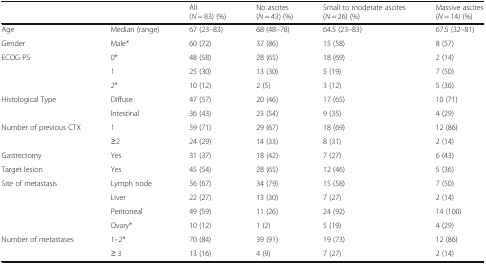
<table><thead><tr><td></td><td></td><td><b>All(<i>N</i> = 83) (%)</b></td><td><b>No ascites(<i>N</i> = 43) (%)</b></td><td><b>Small to moderate ascites(<i>N</i> = 26) (%)</b></td><td><b>Massive ascites(<i>N</i> = 14) (%)</b></td></tr></thead><tbody><tr><td>Age</td><td>Median (range)</td><td>67 (23–83)</td><td>68 (48–78)</td><td>64.5 (23–83)</td><td>67.5 (32–81)</td></tr><tr><td>Gender</td><td>Male*</td><td>60 (72)</td><td>37 (86)</td><td>15 (58)</td><td>8 (57)</td></tr><tr><td rowspan="3">ECOG PS</td><td>0*</td><td>48 (58)</td><td>28 (65)</td><td>18 (69)</td><td>2 (14)</td></tr><tr><td>1</td><td>25 (30)</td><td>13 (30)</td><td>5 (19)</td><td>7 (50)</td></tr><tr><td>2*</td><td>10 (12)</td><td>2 (5)</td><td>3 (12)</td><td>5 (36)</td></tr><tr><td rowspan="2">Histological Type</td><td>Diffuse</td><td>47 (57)</td><td>20 (46)</td><td>17 (65)</td><td>10 (71)</td></tr><tr><td>Intestinal</td><td>36 (43)</td><td>23 (54)</td><td>9 (35)</td><td>4 (29)</td></tr><tr><td rowspan="2">Number of previous CTX</td><td>1</td><td>59 (71)</td><td>29 (67)</td><td>18 (69)</td><td>12 (86)</td></tr><tr><td>≥2</td><td>24 (29)</td><td>14 (33)</td><td>8 (31)</td><td>2 (14)</td></tr><tr><td>Gastrectomy</td><td>Yes</td><td>31 (37)</td><td>18 (42)</td><td>7 (27)</td><td>6 (43)</td></tr><tr><td>Target lesion</td><td>Yes</td><td>45 (54)</td><td>28 (65)</td><td>12 (46)</td><td>5 (36)</td></tr><tr><td rowspan="4">Site of metastasis</td><td>Lymph node</td><td>56 (67)</td><td>34 (79)</td><td>15 (58)</td><td>7 (50)</td></tr><tr><td>Liver</td><td>22 (27)</td><td>13 (30)</td><td>7 (27)</td><td>2 (14)</td></tr><tr><td>Peritoneal</td><td>49 (59)</td><td>11 (26)</td><td>24 (92)</td><td>14 (100)</td></tr><tr><td>Ovary*</td><td>10 (12)</td><td>1 (2)</td><td>5 (19)</td><td>4 (29)</td></tr><tr><td rowspan="2">Number of metastases</td><td>1–2*</td><td>70 (84)</td><td>39 (91)</td><td>19 (73)</td><td>12 (86)</td></tr><tr><td>≥ 3</td><td>13 (16)</td><td>4 (9)</td><td>7 (27)</td><td>2 (14)</td></tr></tbody></table>